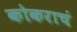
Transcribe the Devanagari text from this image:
कोकराचं